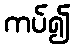
ကပ်၍